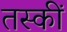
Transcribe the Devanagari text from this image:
तस्कीं